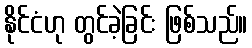
နိုင်ငံဟု တွင်ခဲ့ခြင်း ဖြစ်သည်။